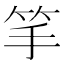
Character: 𥬄